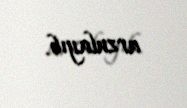
arzulayıb.